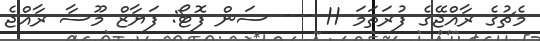
މެޗުގެ ރާއްޖޭގެ ފުރަތަމަ 11 --- ސަން ފޮޓޯ: ފަޔާޒް މޫސާ ރާއްޖެ